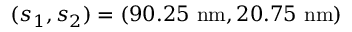
( s _ { 1 } , s _ { 2 } ) = ( 9 0 . 2 5 \ \mathrm { n m } , 2 0 . 7 5 \ \mathrm { n m } )